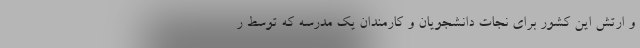
و ارتش این کشور برای نجات دانشجویان و کارمندان یک مدرسه که توسط ر